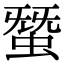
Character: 𧌩